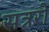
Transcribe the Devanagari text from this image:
सत्ररों